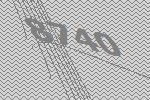
8740